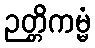
ဉတ္တိကမ္မံ